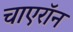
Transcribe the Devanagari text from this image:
चाएरॉन